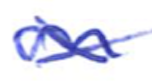
Text: on
Cross-out: cross
Writing tool: ballpoint